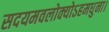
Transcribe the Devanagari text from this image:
सदयमवलोक्योऽहमधुना।